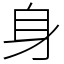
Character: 身